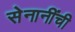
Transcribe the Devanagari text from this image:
सेनानींची